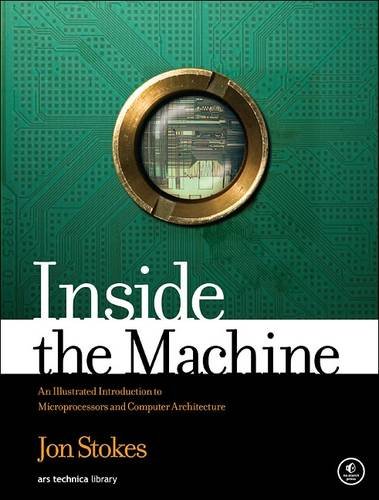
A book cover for Inside the Machine: An Illustrated Introduction to Microprocessors and Computer Architecture; Jon Stokes; Computers & Technology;